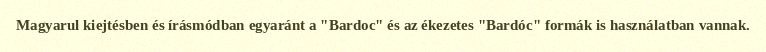
Magyarul kiejtésben és írásmódban egyaránt a "Bardoc" és az ékezetes "Bardóc" formák is használatban vannak.